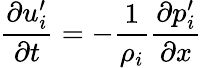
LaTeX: {\frac{\partial u_{i}^{\prime}}{\partial t}}=-{\frac{1}{\rho_{i}}}{\frac{\partial p_{i}^{\prime}}{\partial x}}